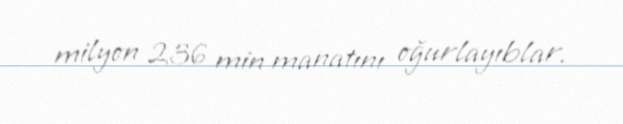
milyon 236 min manatını oğurlayıblar.